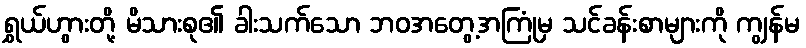
ရွှယ်ဟွားတို့ မိသားစု၏ ခါးသက်သော ဘဝအတွေ့အကြုံမှ သင်ခန်းစာများကို ကျွန်မ